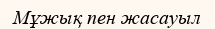
Мұжық пен жасауыл